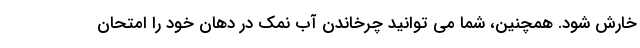
خارش شود. همچنین، شما می توانید چرخاندن آب نمک در دهان خود را امتحان